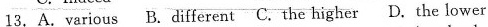
13.A.various B.different C.the higher D.the lower